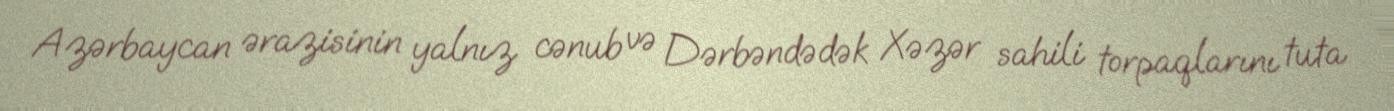
Azərbaycan ərazisinin yalnız cənub və Dərbəndədək Xəzər sahili torpaqlarını tuta